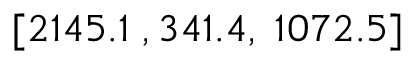
[ 2 1 4 5 . 1 \; , 3 4 1 . 4 , \; 1 0 7 2 . 5 ]